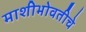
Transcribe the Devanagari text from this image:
माशीभोवतीचे